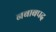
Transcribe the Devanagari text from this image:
नबाबपद